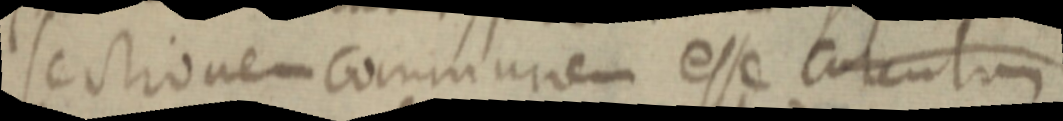
sectionem communem esse circulum